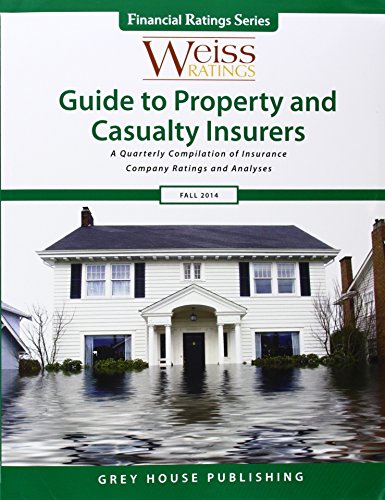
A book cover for Weiss Ratings' Guide to Property and Casualty Insurers Fall 2014: A Quarterly Compilation of Insurance Company Ratings and Analyses (Weiss Ratings Guide to Property & Casualty Insurers); Business & Money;